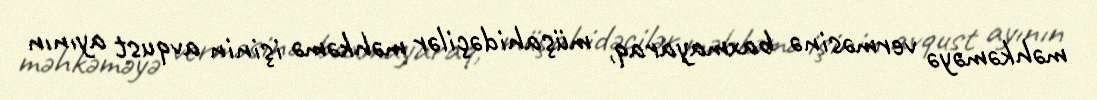
məhkəməyə verməsinə baxmayaraq, müşahidəçilər məhkəmə işinin avqust ayının